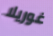
غوريلا